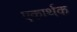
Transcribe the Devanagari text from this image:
एकार्थक